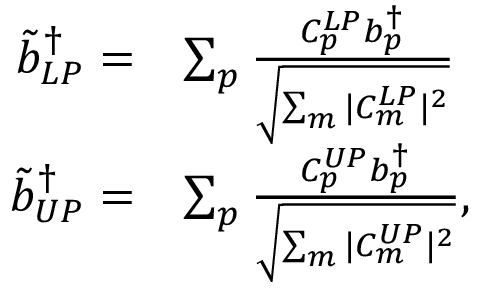
\begin{array} { r l } { \Tilde { b } _ { L P } ^ { \dagger } = } & { \sum _ { p } \frac { C _ { p } ^ { L P } { b } _ { p } ^ { \dagger } } { \sqrt { \sum _ { m } | C _ { m } ^ { L P } | ^ { 2 } } } } \\ { \Tilde { b } _ { U P } ^ { \dagger } = } & { \sum _ { p } \frac { C _ { p } ^ { U P } { b } _ { p } ^ { \dagger } } { \sqrt { \sum _ { m } | C _ { m } ^ { U P } | ^ { 2 } } } , } \end{array}